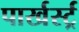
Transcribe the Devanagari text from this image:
पार्खर्स्ट्र